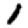
Digit: 1